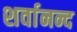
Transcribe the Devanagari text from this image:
शर्वानन्द